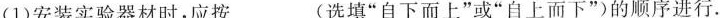
(1)安装实验器材时，应按___(选填”自下而上”或”自上而下”)的顺序进行.